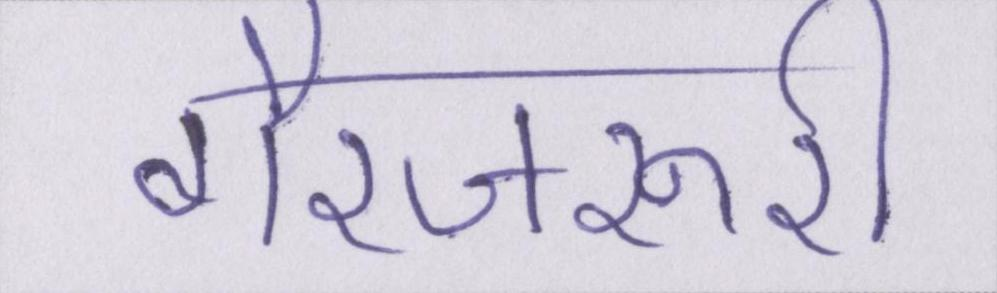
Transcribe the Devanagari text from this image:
गैरजरूरी